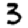
Digit: 3